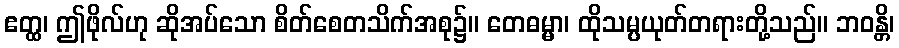
ဧတ္ထ၊ ဤဖိုလ်ဟု ဆိုအပ်သော စိတ်စေတသိက်အစု၌။ တေဓမ္မာ၊ ထိုသမ္ပယုတ်တရားတို့သည်။ ဘဝန္တိ၊